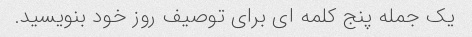
یک جمله پنج کلمه ای برای توصیف روز خود بنویسید.